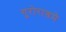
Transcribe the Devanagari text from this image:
गुरोराश्रमे